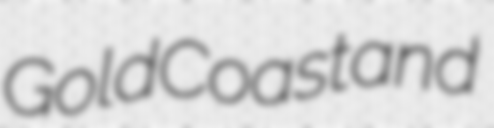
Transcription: Gold Coast and